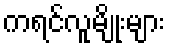
ကရင်လူမျိုးများ